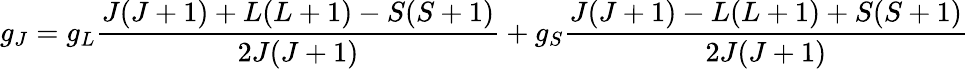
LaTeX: g_{J}=g_{L}{\frac{J(J+1)+L(L+1)-S(S+1)}{2J(J+1)}}+g_{S}{\frac{J(J+1)-L(L+1)+S(S+1)}{2J(J+1)}}